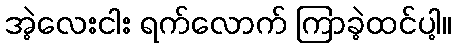
အဲ့လေးငါး ရက်လောက် ကြာခဲ့ထင်ပါ့။